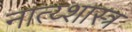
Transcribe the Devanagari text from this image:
नात्य्शास्त्र